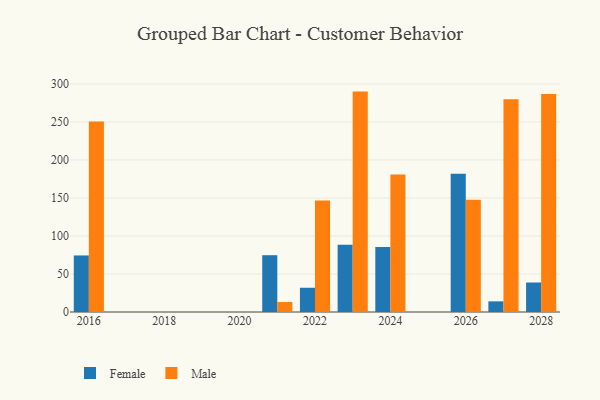
{"axis": {"x": "Year", "y": "Gross Profit (USD K)"}, "legend": ["Female", "Male"], "data": [{"x": "2028", "y": 38.8, "type": "Female"}, {"x": "2028", "y": 286.8, "type": "Male"}, {"x": "2022", "y": 31.9, "type": "Female"}, {"x": "2022", "y": 146.7, "type": "Male"}, {"x": "2027", "y": 14.0, "type": "Female"}, {"x": "2027", "y": 279.7, "type": "Male"}, {"x": "2021", "y": 74.7, "type": "Female"}, {"x": "2021", "y": 13.1, "type": "Male"}, {"x": "2024", "y": 85.5, "type": "Female"}, {"x": "2024", "y": 180.9, "type": "Male"}, {"x": "2026", "y": 181.7, "type": "Female"}, {"x": "2026", "y": 147.6, "type": "Male"}, {"x": "2023", "y": 88.3, "type": "Female"}, {"x": "2023", "y": 289.9, "type": "Male"}, {"x": "2016", "y": 74.4, "type": "Female"}, {"x": "2016", "y": 250.7, "type": "Male"}]}